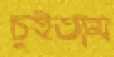
চুইতাম